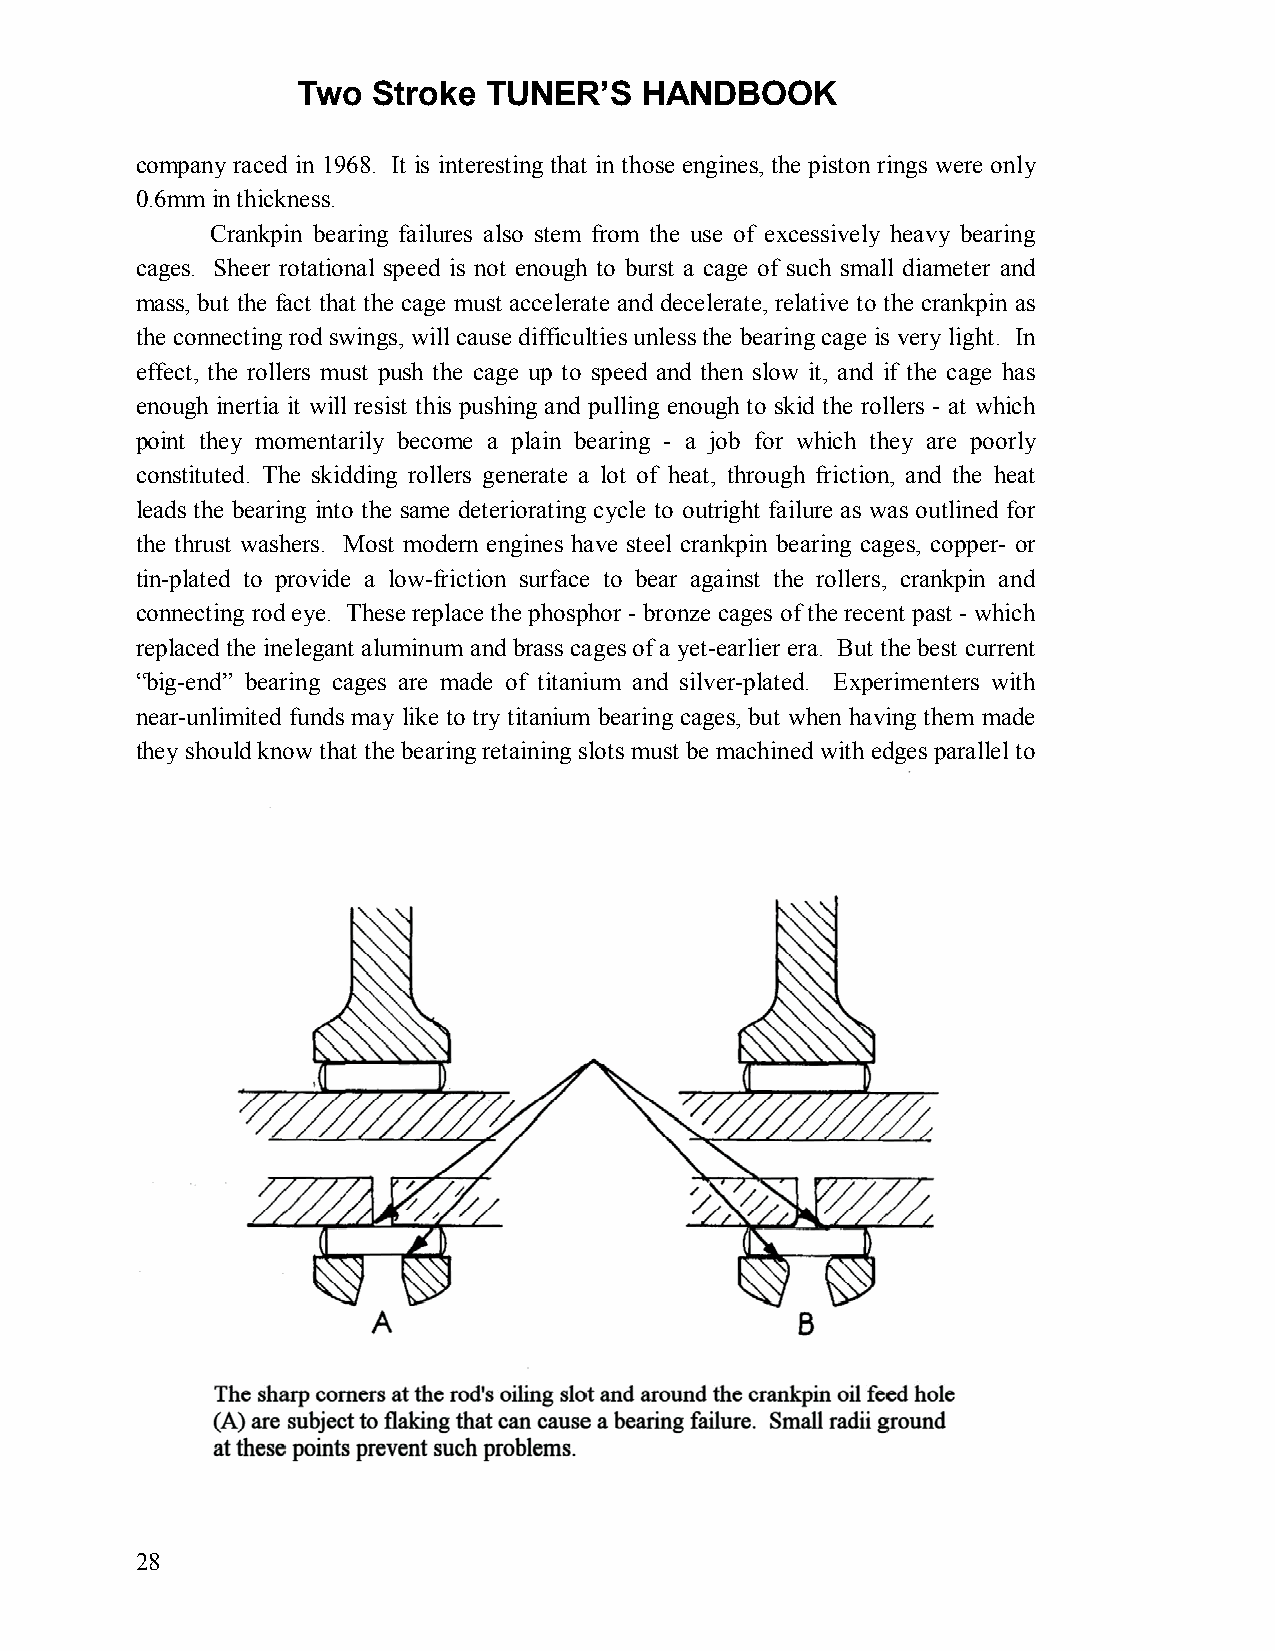
Two  Stroke TUNER’S   HANDBOOK
 company raced in 1968. It is interesting that in those engines, the piston rings were only
 0.6mm in thickness.
 Crankpin bearing failures also stem from the use of excessively heavy bearing
 cages. Sheer rotational speed is not enough to burst a cage of such small diameter and
 mass, but the fact that the cage must accelerate and decelerate, relative to the crankpin as
 the connecting rod swings, will cause difficulties unless the bearing cage is very light. In
 effect, the rollers must push the cage up to speed and then slow it, and if the cage has
 enough inertia it will resist this pushing and pulling enough to skid the rollers - at which
 point they momentarily become a plain bearing - a job for which they are poorly
 constituted. The skidding rollers generate a lot of heat, through friction, and the heat
 leads the bearing into the same deteriorating cycle to outright failure as was outlined for
 the thrust washers. Most modern engines have steel crankpin bearing cages, copper- or
 tin-plated to provide a low-friction surface to bear against the rollers, crankpin and
 connecting rod eye. These replace the phosphor - bronze cages of the recent past - which
 replaced the inelegant aluminum and brass cages of a yet-earlier era. But the best current
 “big-end” bearing cages are made of titanium and silver-plated. Experimenters with
 near-unlimited funds may like to try titanium bearing cages, but when having them made
 they should know that the bearing retaining slots must be machined with edges parallel to
 28